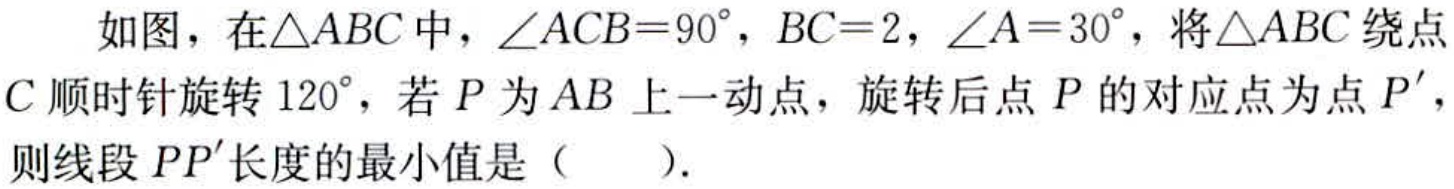
如图，在\(\triangle ABC\)中，\(\angle ACB = 90^{\circ}\)，\(BC = 2\)，\(\angle A = 30^{\circ}\)，将\(\triangle ABC\)绕点\(C\)顺时针旋转\(120^{\circ}\)，若\(P\)为\(AB\)上一动点，旋转后点\(P\)的对应点为点\(P'\)，则线段\(PP'\)长度的最小值是（  ）.